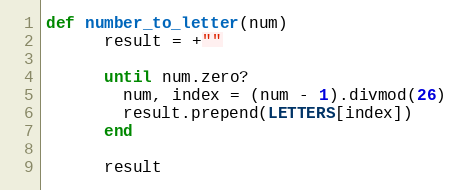
Language: Ruby
def number_to_letter(num)
      result = +""

      until num.zero?
        num, index = (num - 1).divmod(26)
        result.prepend(LETTERS[index])
      end

      result